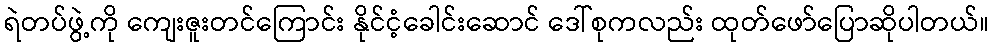
ရဲတပ်ဖွဲ့ကို ကျေးဇူးတင်ကြောင်း နိုင်ငံ့ခေါင်းဆောင် ဒေါ်စုကလည်း ထုတ်ဖော်ပြောဆိုပါတယ်။